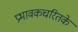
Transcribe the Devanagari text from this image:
प्रभावकचरितके